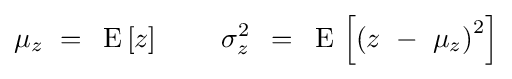
\mu _{z}\,\,=\,\,\,{\rm {E}}\,[z]\,\,\,\,\,\,\,\,\,\,\,\,\,\,\sigma _{z}^{2}\,\,\,=\,\,\,{\rm {E}}\,\left[{\left({z\,\,-\,\,\mu _{z}}\right)^{2}}\right]